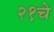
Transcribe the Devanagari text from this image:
२१चे